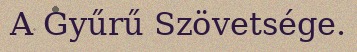
A Gyűrű Szövetsége.